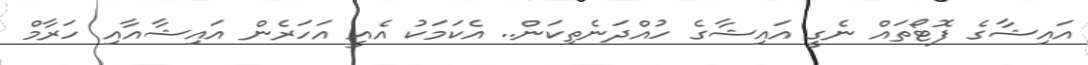
އައިޝާގެ ފޮޓޯތައް ނެގީ އައިޝާގެ ހުއްދަނެތިކަން.. އެކަމަކު އެއީ އަހަރެން އައިޝާއާއި ހަރާމް